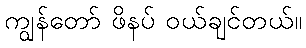
ကျွန်တော် ဖိနပ် ဝယ်ချင်တယ်။